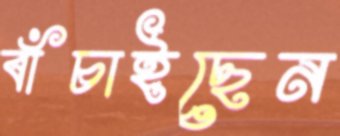
বাঁচাইছেন